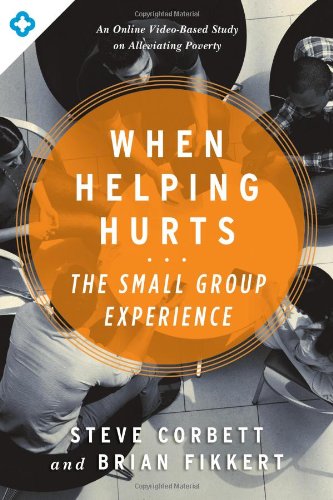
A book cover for When Helping Hurts: The Small Group Experience: An Online Video-Based Study on Alleviating Poverty; Steve Corbett; Politics & Social Sciences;